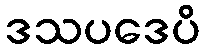
ဒသပဒေပိ